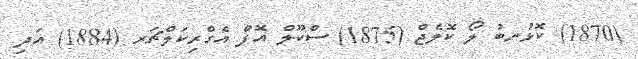
(1870) ކޮޅުނބު ލޯ ކޮލެޖް (1875) ސްކޫލް އޮފް އެގްރިކަލްޗަރ (1884) އަދި